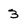
Character: 3